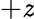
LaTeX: +\mathit{z}